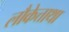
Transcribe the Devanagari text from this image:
लौकेत्ताथा